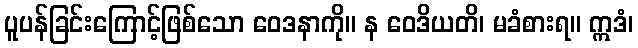
ပူပန်ခြင်းကြောင့်ဖြစ်သော ဝေဒနာကို။ န ဝေဒိယတိ၊ မခံစားရ။ ဣဒံ၊